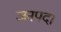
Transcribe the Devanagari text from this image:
जनपद।